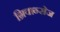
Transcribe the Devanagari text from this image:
ग्रिवान्सेज